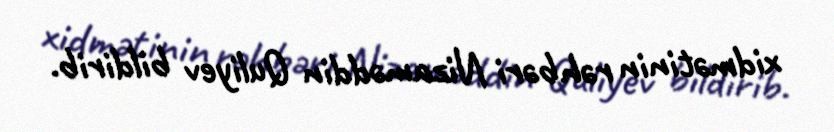
xidmətinin rəhbəri Nizaməddin Quliyev bildirib.